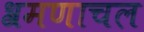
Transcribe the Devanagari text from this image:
श्रमणाचल